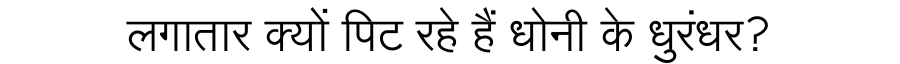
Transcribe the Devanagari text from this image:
लगातार क्यों पिट रहे हैं धोनी के धुरंधर?